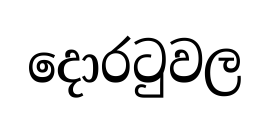
දොරටුවල